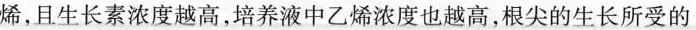
烯，且生长素浓度越高，培养液中乙烯浓度也越高，根尖的生长所受的